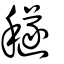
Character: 穟